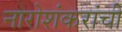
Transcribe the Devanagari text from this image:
नारोशंकरांची